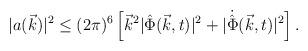
LaTeX: \begin{align*}\vert a(\vec k)\vert^2 \leq (2\pi)^6\left[ {\vec k}^2\vert{\hat{\Phi}}(\vec k, t)\vert^2 + \vert{\dot{\hat{\Phi}}}(\vec k, t)\vert^2\right].\end{align*}